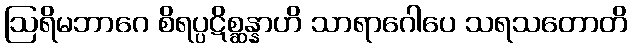
ဩရိမဘာဂေ စိရပ္ပဋိစ္ဆန္နာဟိ သာရာဂေါပေ သရသတောတိ